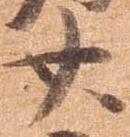
廿